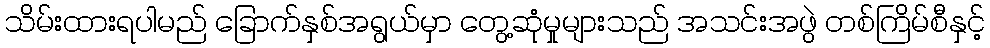
သိမ်းထားရပါမည် ခြောက်နှစ်အရွယ်မှာ တွေ့ဆုံမှုများသည် အသင်းအဖွဲ တစ်ကြိမ်စီနှင့်